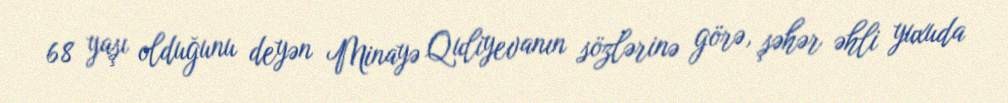
68 yaşı olduğunu deyən Minayə Quliyevanın sözlərinə görə, şəhər əhli yuxuda